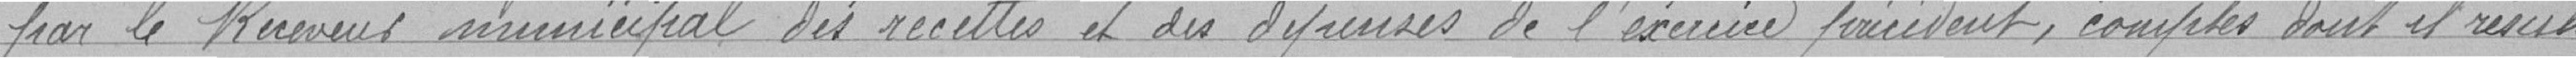
par le receveur municipal des recettes et des dépenses de l'exercice précèdent, comptes dont il résulte